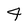
Character: 4